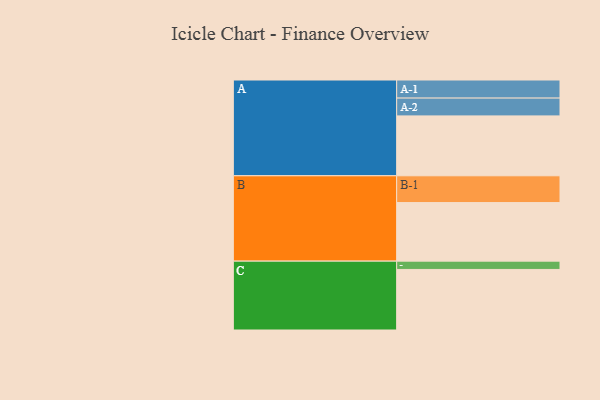
{"axis": {"x": "Segment", "y": "Value"}, "legend": ["", "A", "B", "C"], "data": [{"x": "A", "y": 447, "type": ""}, {"x": "B", "y": 437, "type": ""}, {"x": "C", "y": 452, "type": ""}, {"x": "A-1", "y": 135, "type": "A"}, {"x": "A-2", "y": 133, "type": "A"}, {"x": "B-1", "y": 200, "type": "B"}, {"x": "C-1", "y": 62, "type": "C"}]}